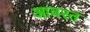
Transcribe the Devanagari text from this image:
आवरत